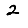
Digit: 2